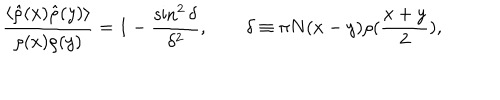
{ \frac { \langle \hat { \rho } ( x ) \hat { \rho } ( y ) \rangle } { \rho ( x ) \rho ( y ) } } = 1 - { \frac { \sin ^ { 2 } \delta } { \delta ^ { 2 } } } , \quad \quad \delta \equiv \pi N ( x - y ) \rho ( { \frac { x + y } { 2 } } ) ,